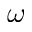
\omega